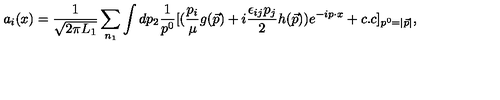
a _ { i } ( x ) = { \frac { 1 } { \sqrt { 2 \pi L _ { 1 } } } } \sum _ { n _ { 1 } } \int d p _ { 2 } { \frac { 1 } { p ^ { 0 } } } [ ( { \frac { p _ { i } } { \mu } } g ( \vec { p } ) + i { \frac { \epsilon _ { i j } p _ { j } } { 2 } } h ( \vec { p } ) ) e ^ { - i p \cdot x } + c . c ] _ { p ^ { 0 } = | \vec { p } | } ,